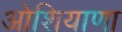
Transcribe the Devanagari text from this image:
ओशियाणा